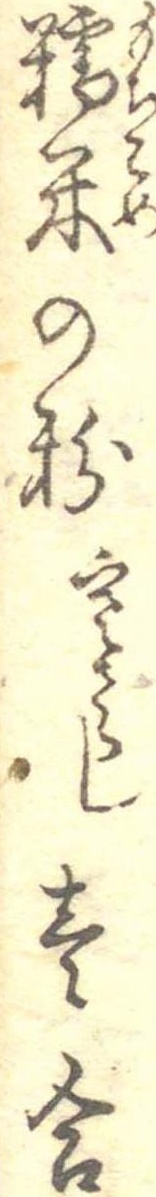
糯米の粉寒さらし壱合